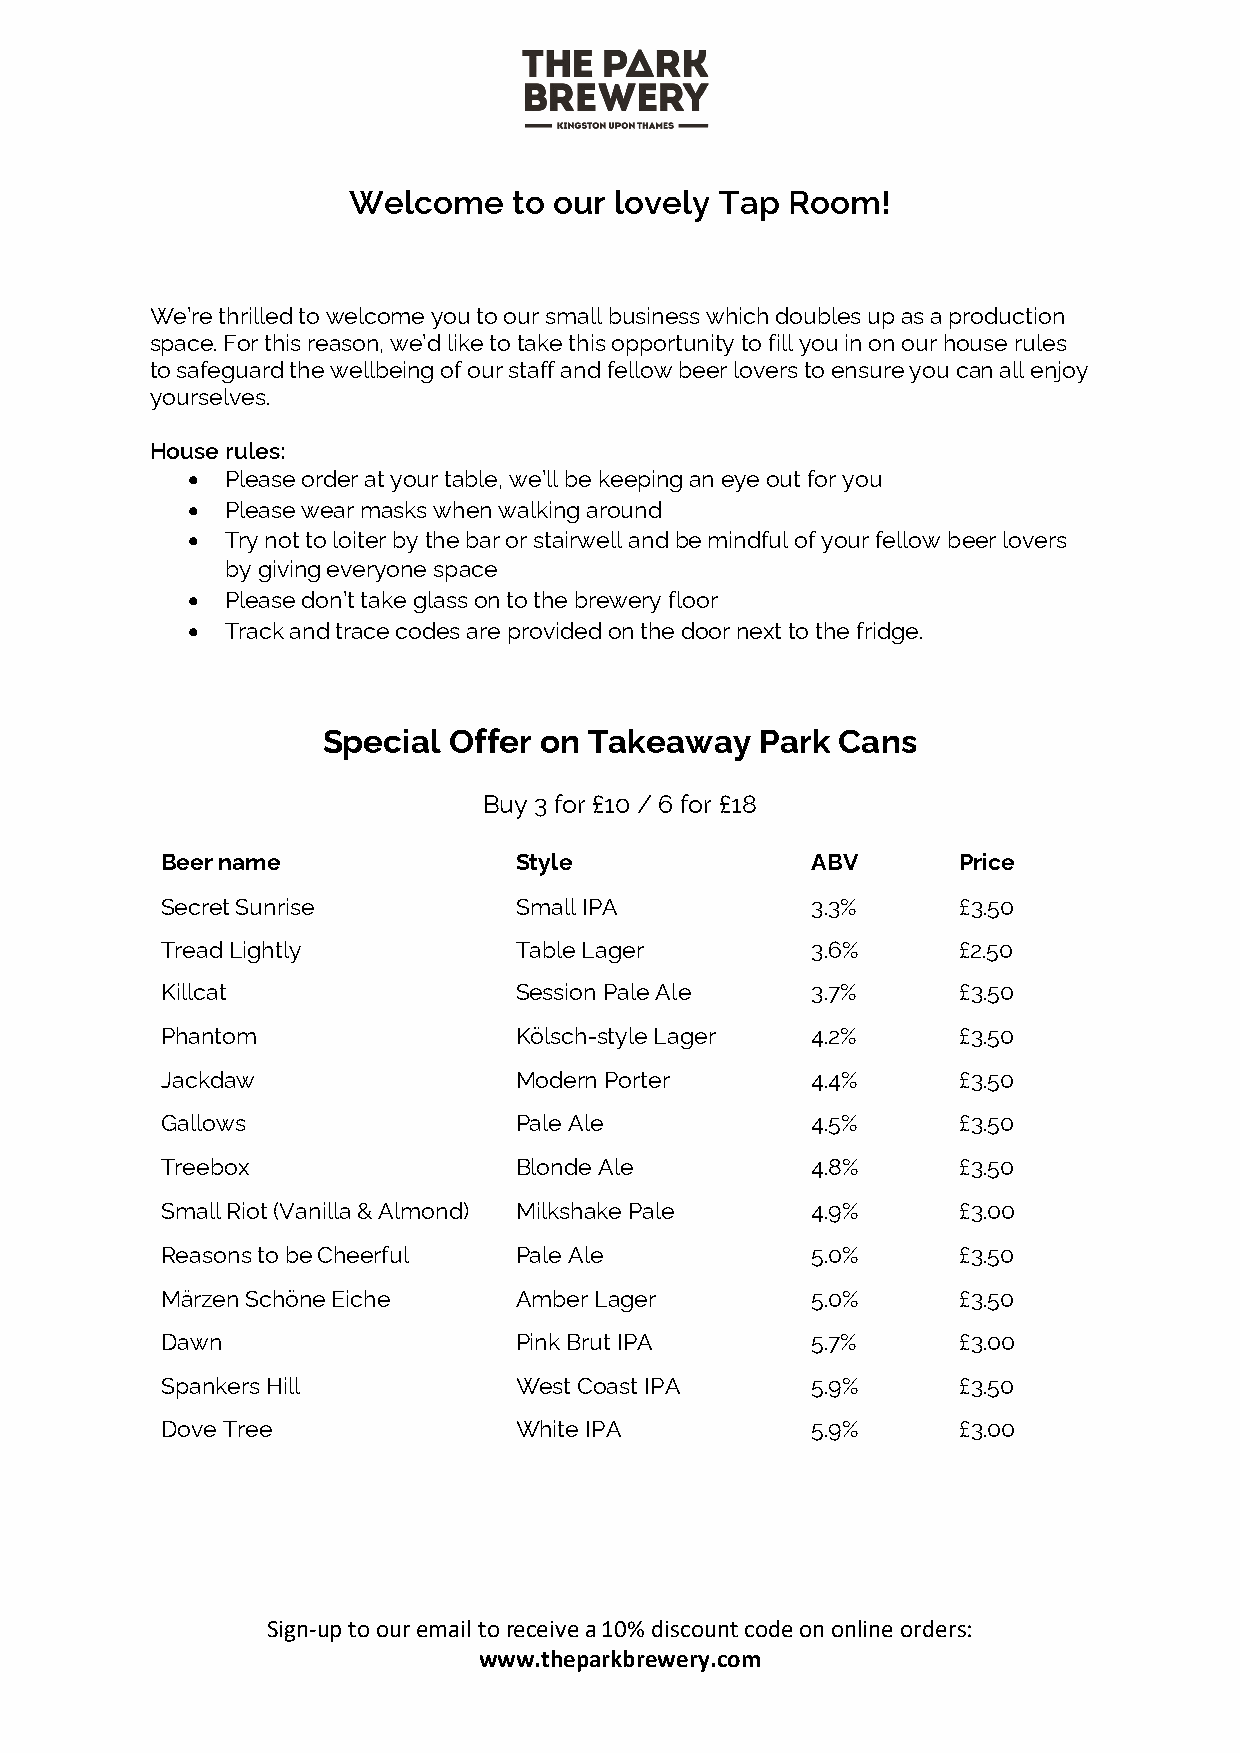
Welcome    to our lovely Tap Room!
 We’re thrilled to welcome you to our small business which doubles up as a production
 space. For this reason, we’d like to take this opportunity to fill you in on our house rules
 to safeguard the wellbeing of our staff and fellow beer lovers to ensure you can all enjoy
 yourselves.
 House rules:
 •  Please order at your table, we’ll be keeping an eye out for you
 •  Please wear masks when walking around
 •  Try not to loiter by the bar or stairwell and be mindful of your fellow beer lovers
 by giving everyone space
 •  Please don’t take glass on to the brewery floor
 •  Track and trace codes are provided on the door next to the fridge.
 Special  Offer on Takeaway   Park Cans
 Buy 3 for £10 / 6 for £18
 Beer name              Style               ABV      Price
 Secret Sunrise         Small IPA           3.3%     £3.50
 Tread Lightly          Table Lager         3.6%     £2.50
 Killcat                Session Pale Ale    3.7%     £3.50
 Phantom                Kölsch-style Lager  4.2%     £3.50
 Jackdaw                Modern Porter       4.4%     £3.50
 Gallows                Pale Ale            4.5%     £3.50
 Treebox                Blonde Ale          4.8%     £3.50
 Small Riot (Vanilla & Almond) Milkshake Pale 4.9%   £3.00
 Reasons to be Cheerful Pale Ale            5.0%     £3.50
 Märzen Schöne Eiche    Amber Lager         5.0%     £3.50
 Dawn                   Pink Brut IPA       5.7%     £3.00
 Spankers Hill          West Coast IPA      5.9%     £3.50
 Dove Tree              White IPA           5.9%     £3.00
 Sign-up to our email to receive a 10% discount code on online orders:
 www.theparkbrewery.com